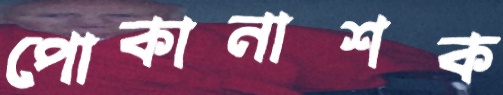
পোকানাশক